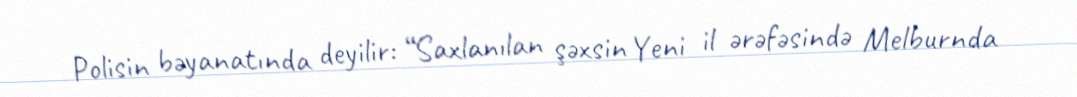
Polisin bəyanatında deyilir: “Saxlanılan şəxsin Yeni il ərəfəsində Melburnda